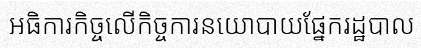
អធិការកិច្ចលើកិច្ចការនយោបាយផ្នែករដ្ឋបាល